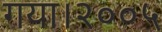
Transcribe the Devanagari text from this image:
गया।२००५